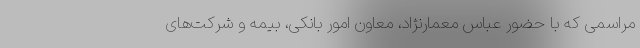
مراسمی که با حضور عباس معمارنژاد، معاون امور بانکی، بیمه و شرکت‌های